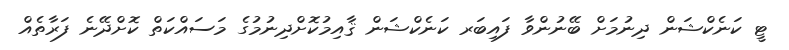
ޓީ ކަނެކްޝަން ދިނުމަށް ބޭނުންވާ ފައިބަރ ކަނެކްޝަން ޤާއިމުކޮށްދިނުމުގެ މަސައްކަތް ކޮށްދޭނެ ފަރާތެއް